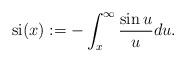
LaTeX: \begin{align*}\operatorname{si}(x) :=-\int_{x}^{\infty}\frac{\sin u}{u}du. \end{align*}